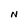
Character: N